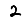
Digit: 2